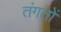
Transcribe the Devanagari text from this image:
तंगतों